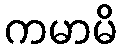
ကမာမိ